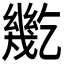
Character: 𢇓